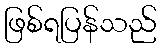
ဖြစ်ရပြန်သည်